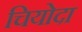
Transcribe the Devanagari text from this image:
चियोदा